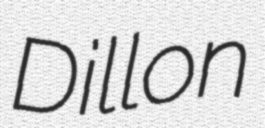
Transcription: Dillon